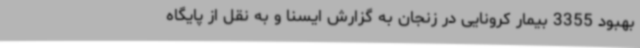
بهبود 3355 بیمار کرونایی در زنجان به گزارش ایسنا و به نقل از پایگاه